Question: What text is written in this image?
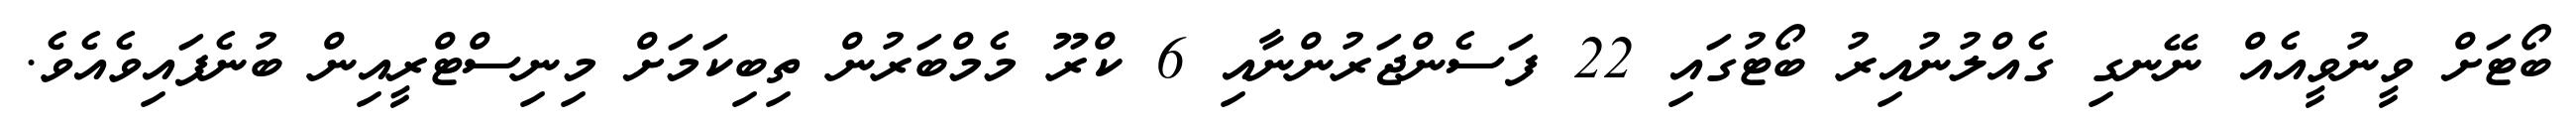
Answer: ބޯޓަށް ވީނުވީއެއް ނޭނގި ގެއްލުނުއިރު ބޯޓުގައި 22 ފަސެންޖަރުންނާއި 6 ކްރޫ މެމްބަރުން ތިބިކަމަށް މިނިސްޓްރީއިން ބުނެފައިވެއެވެ.